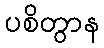
ပစိတွာန